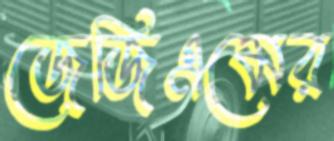
জেজিএমের